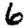
Digit: 6